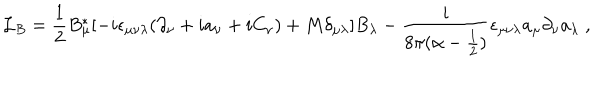
{ \cal L } _ { B } = \frac { 1 } { 2 } B _ { \mu } ^ { * } [ - i \epsilon _ { \mu \nu \lambda } ( \partial _ { \nu } + i a _ { \nu } + i C _ { \nu } ) + M \delta _ { \mu \lambda } ] B _ { \lambda } - \frac { i } { 8 \pi ( \alpha - \frac { 1 } { 2 } ) } \epsilon _ { \mu \nu \lambda } a _ { \mu } \partial _ { \nu } a _ { \lambda } \; ,